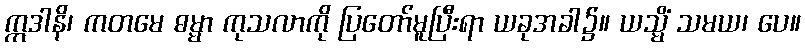
ဣဒါနိ၊ ကတမေ ဓမ္မာ ကုသလာကို ပြတော်မူပြီးရာ ယခုအခါ၌။ ယသ္မိံ သမယ၊ ပေ။